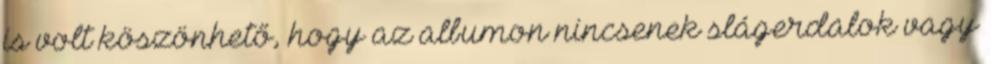
is volt köszönhető, hogy az albumon nincsenek slágerdalok vagy